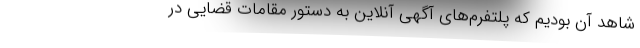
شاهد آن بودیم که پلتفرم‌های آگهی آنلاین به دستور مقامات قضایی در